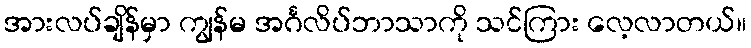
အားလပ်ချိန်မှာ ကျွန်မ အင်္ဂလိပ်ဘာသာကို သင်ကြား လေ့လာတယ်။